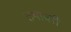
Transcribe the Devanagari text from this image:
तयावरी